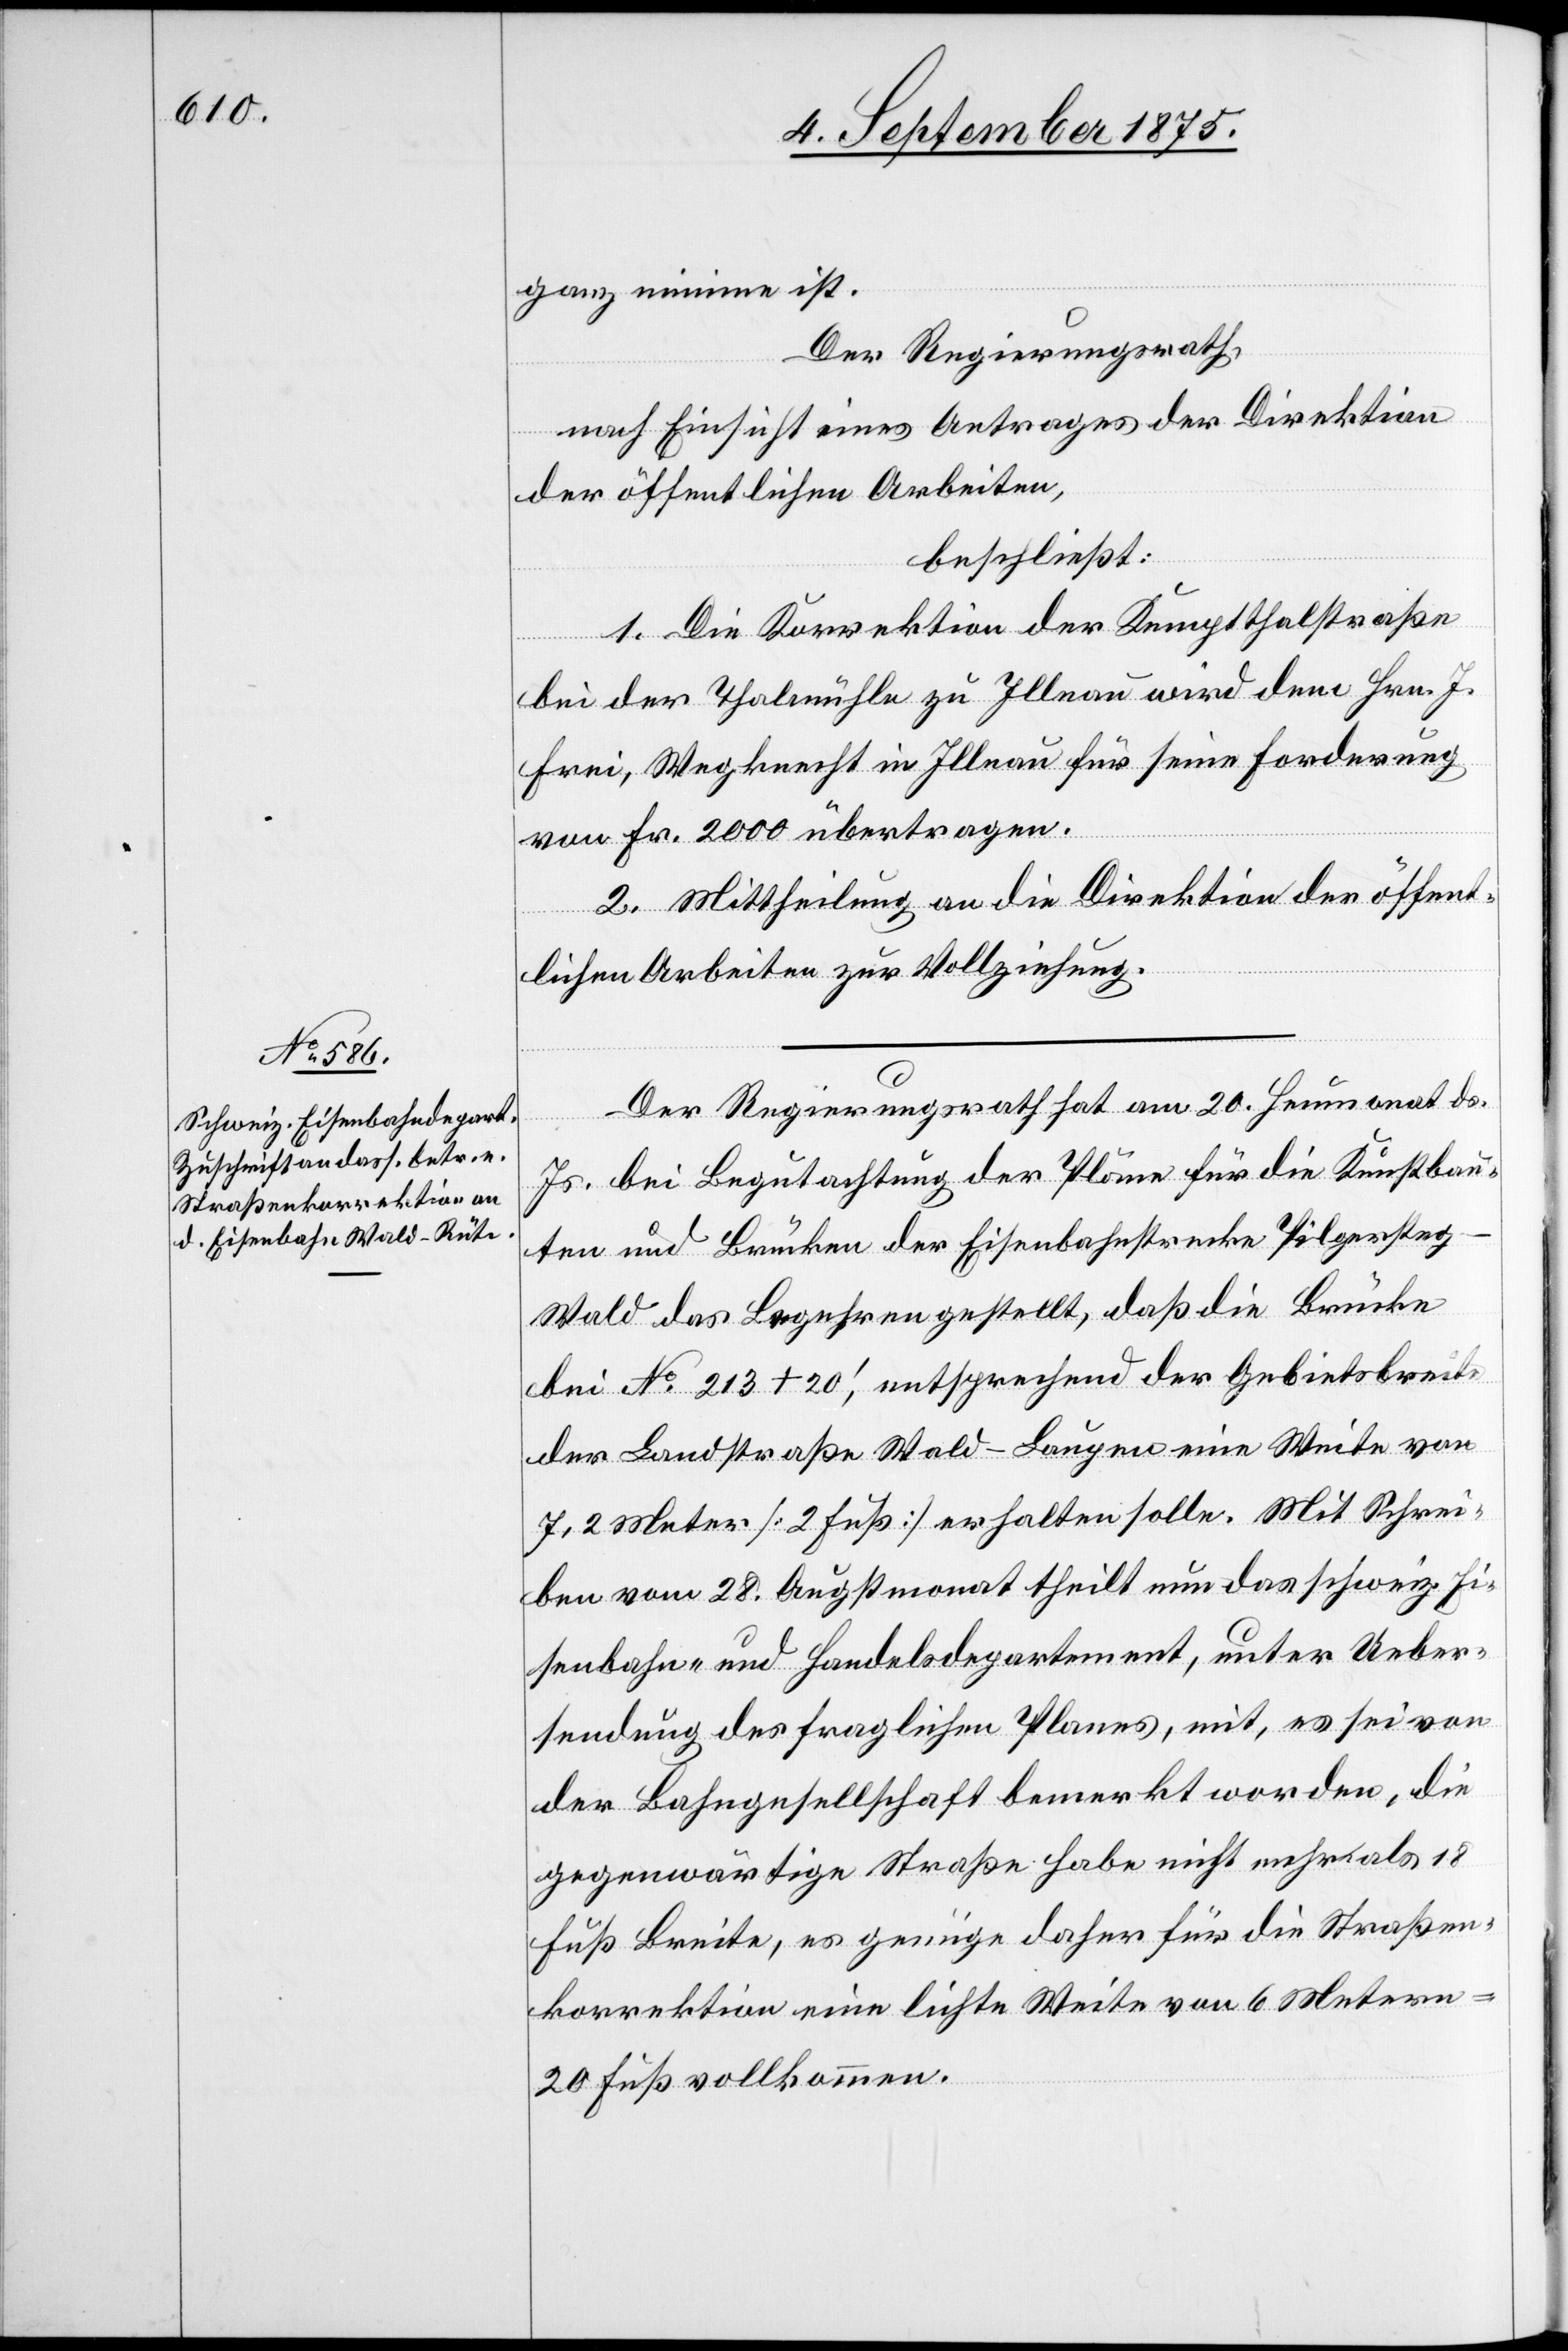
ganz minime ist.
Der Regierungsrath,
nach Einsicht eines Antrages der Direktion
der öffentlichen Arbeiten,
beschließt:
1. Die Korrektion der Kemthalstraße
bei der Thalmühle zu Illnau wird dem Hrn. J.
Frei, Wegknecht in Illnau für seine Forderung
von Fr. 2000 übertragen.
2. Mittheilung an die Direktion der öffent¬
lichen Arbeiten zur Vollziehung.
Regierungsrath hat am 20. Heumonat ds.
Js. bei Begutachtung der Pläne für die Kunstbau¬
ten und Brücken der Eisenbahnstrecke Pilgerste¬
g–Wald das Begehren gestellt, daß die Brücke
bei No 213+20‘, entsprechend der Gebietsbreite
der Landstraße Wald–Laupen eine Weite von
7,2 Meter [2 Fuß] erhalten solle. Mit Schrei¬
ben vom 28. Augstmonat theilt nun das schweiz. Ei¬
senbahn- und Handelsdepartement, unter Ueber¬
sendung des fraglichen Planes, mit, es sei von
der Bahngesellschaft bemerkt worden, die
gegenwärtige Straße habe nicht mehr als 18
Fuß Breite, es genüge daher für die Straßen¬
korrektion eine lichte Weite von 6 Metern
Fuß vollkommen.